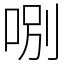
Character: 哵